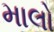
માલો